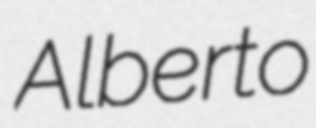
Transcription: Alberto